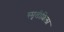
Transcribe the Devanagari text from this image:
स्मृतीशिला